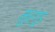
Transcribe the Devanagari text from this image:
मुरगूड